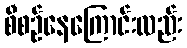
စီစဉ်နေကြောင်းလည်း